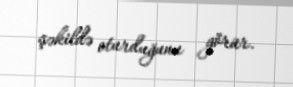
şəkildə oturduğunu görür.